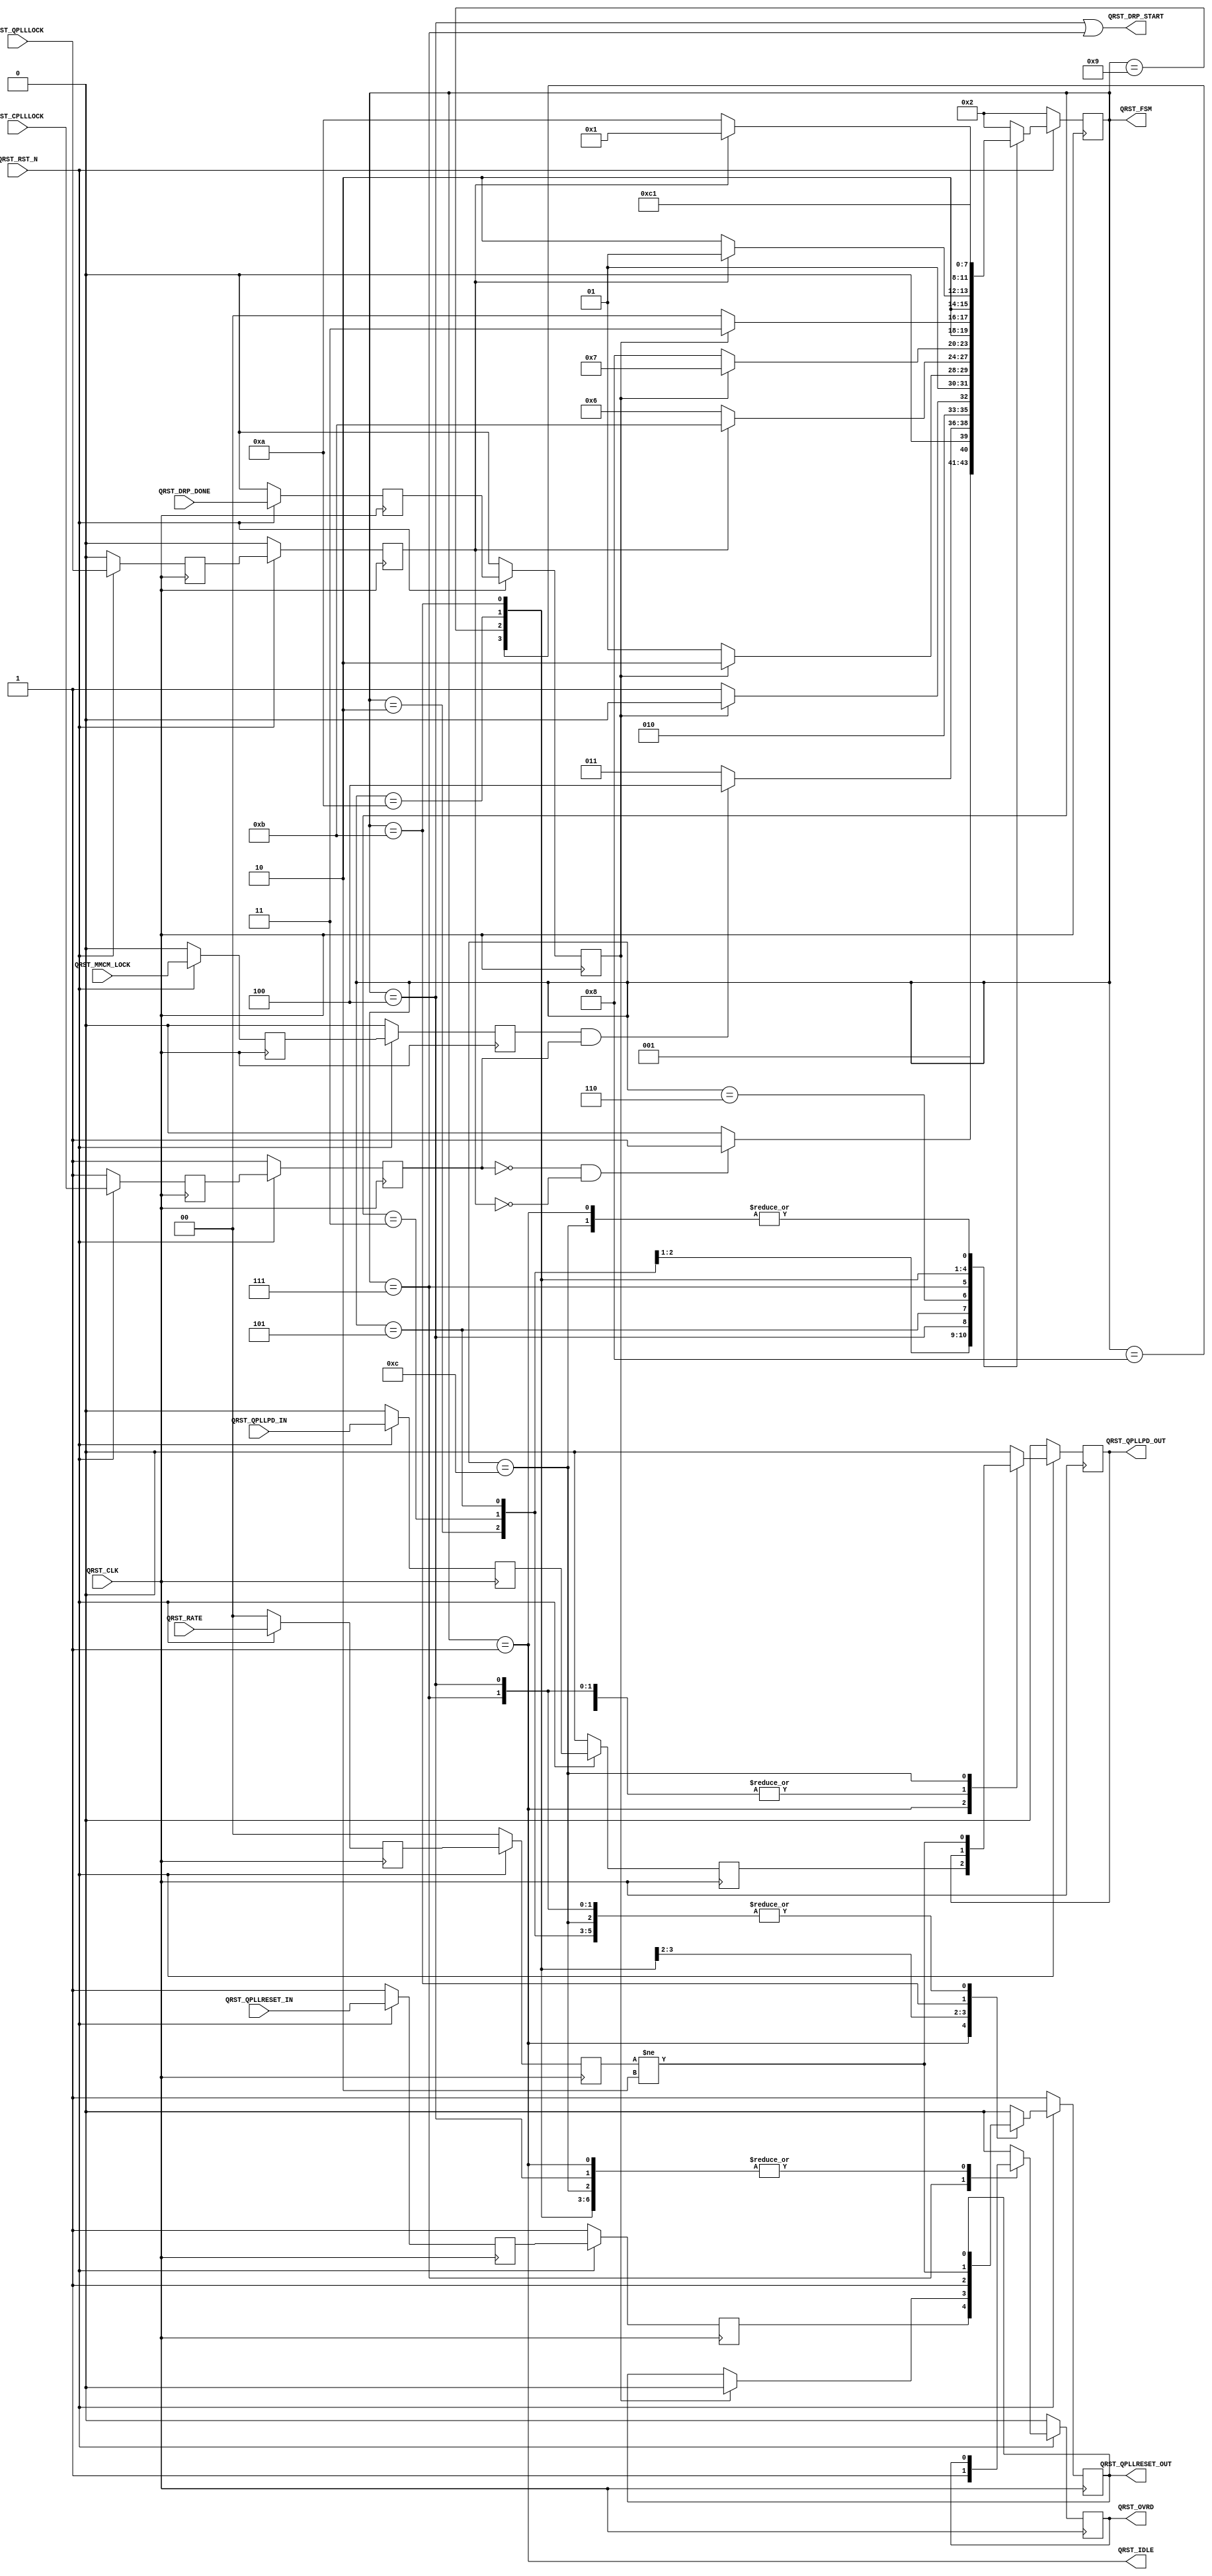
module PCIEBus_qpll_reset #
(
    parameter PCIE_PLL_SEL       = "CPLL",                  // PCIe PLL select for Gen1/Gen2 only
    parameter PCIE_POWER_SAVING  = "TRUE",                  // PCIe power saving
    parameter PCIE_LANE          = 1,                       // PCIe number of lanes
    parameter BYPASS_COARSE_OVRD = 1                        // Bypass coarse frequency override
)
(
    input                           QRST_CLK,
    input                           QRST_RST_N,
    input                           QRST_MMCM_LOCK,
    input       [PCIE_LANE-1:0]     QRST_CPLLLOCK,
    input       [(PCIE_LANE-1)>>2:0]QRST_DRP_DONE,
    input       [(PCIE_LANE-1)>>2:0]QRST_QPLLLOCK,
    input       [ 1:0]              QRST_RATE,
    input       [PCIE_LANE-1:0]     QRST_QPLLRESET_IN,
    input       [PCIE_LANE-1:0]     QRST_QPLLPD_IN,
    output                          QRST_OVRD,
    output                          QRST_DRP_START,
    output                          QRST_QPLLRESET_OUT,
    output                          QRST_QPLLPD_OUT,
    output                          QRST_IDLE,
    output      [ 3:0]              QRST_FSM
);
(* ASYNC_REG = "TRUE", SHIFT_EXTRACT = "NO" *)    reg                             mmcm_lock_reg1;
(* ASYNC_REG = "TRUE", SHIFT_EXTRACT = "NO" *)    reg         [PCIE_LANE-1:0]     cplllock_reg1;
(* ASYNC_REG = "TRUE", SHIFT_EXTRACT = "NO" *)    reg         [(PCIE_LANE-1)>>2:0]drp_done_reg1;
(* ASYNC_REG = "TRUE", SHIFT_EXTRACT = "NO" *)    reg         [(PCIE_LANE-1)>>2:0]qplllock_reg1;
(* ASYNC_REG = "TRUE", SHIFT_EXTRACT = "NO" *)    reg         [ 1:0]              rate_reg1;
(* ASYNC_REG = "TRUE", SHIFT_EXTRACT = "NO" *)    reg         [PCIE_LANE-1:0]     qpllreset_in_reg1;
(* ASYNC_REG = "TRUE", SHIFT_EXTRACT = "NO" *)    reg         [PCIE_LANE-1:0]     qpllpd_in_reg1;
(* ASYNC_REG = "TRUE", SHIFT_EXTRACT = "NO" *)    reg                             mmcm_lock_reg2;
(* ASYNC_REG = "TRUE", SHIFT_EXTRACT = "NO" *)    reg         [PCIE_LANE-1:0]     cplllock_reg2;
(* ASYNC_REG = "TRUE", SHIFT_EXTRACT = "NO" *)    reg         [(PCIE_LANE-1)>>2:0]drp_done_reg2;
(* ASYNC_REG = "TRUE", SHIFT_EXTRACT = "NO" *)    reg         [(PCIE_LANE-1)>>2:0]qplllock_reg2;
(* ASYNC_REG = "TRUE", SHIFT_EXTRACT = "NO" *)    reg         [ 1:0]              rate_reg2;
(* ASYNC_REG = "TRUE", SHIFT_EXTRACT = "NO" *)    reg         [PCIE_LANE-1:0]     qpllreset_in_reg2;
(* ASYNC_REG = "TRUE", SHIFT_EXTRACT = "NO" *)    reg         [PCIE_LANE-1:0]     qpllpd_in_reg2;
    reg                             ovrd              =  1'd0;
    reg                             qpllreset         =  1'd1;
    reg                             qpllpd            =  1'd0;
    reg         [ 3:0]              fsm               =  2;
    localparam                      FSM_IDLE          = 1;
    localparam                      FSM_WAIT_LOCK     = 2;
    localparam                      FSM_MMCM_LOCK     = 3;
    localparam                      FSM_DRP_START_NOM = 4;
    localparam                      FSM_DRP_DONE_NOM  = 5;
    localparam                      FSM_QPLLLOCK      = 6;
    localparam                      FSM_DRP_START_OPT = 7;
    localparam                      FSM_DRP_DONE_OPT  = 8;
    localparam                      FSM_QPLL_RESET    = 9;
    localparam                      FSM_QPLLLOCK2     = 10;
    localparam                      FSM_QPLL_PDRESET  = 11;
    localparam                      FSM_QPLL_PD       = 12;
always @ (posedge QRST_CLK)
begin
    if (!QRST_RST_N)
        begin
        mmcm_lock_reg1    <=  1'd0;
        cplllock_reg1     <= {PCIE_LANE{1'd1}};
        drp_done_reg1     <= {(((PCIE_LANE-1)>>2)+1){1'd0}};
        qplllock_reg1     <= {(((PCIE_LANE-1)>>2)+1){1'd0}};
        rate_reg1         <=  2'd0;
        qpllreset_in_reg1 <= {PCIE_LANE{1'd1}};
        qpllpd_in_reg1    <= {PCIE_LANE{1'd0}};
        mmcm_lock_reg2    <=  1'd0;
        cplllock_reg2     <= {PCIE_LANE{1'd1}};
        drp_done_reg2     <= {(((PCIE_LANE-1)>>2)+1){1'd0}};
        qplllock_reg2     <= {(((PCIE_LANE-1)>>2)+1){1'd0}};
        rate_reg2         <=  2'd0;
        qpllreset_in_reg2 <= {PCIE_LANE{1'd1}};
        qpllpd_in_reg2    <= {PCIE_LANE{1'd0}};
        end
    else
        begin
        mmcm_lock_reg1    <= QRST_MMCM_LOCK;
        cplllock_reg1     <= QRST_CPLLLOCK;
        drp_done_reg1     <= QRST_DRP_DONE;
        qplllock_reg1     <= QRST_QPLLLOCK;
        rate_reg1         <= QRST_RATE;
        qpllreset_in_reg1 <= QRST_QPLLRESET_IN;
        qpllpd_in_reg1    <= QRST_QPLLPD_IN;
        mmcm_lock_reg2    <= mmcm_lock_reg1;
        cplllock_reg2     <= cplllock_reg1;
        drp_done_reg2     <= drp_done_reg1;
        qplllock_reg2     <= qplllock_reg1;
        rate_reg2         <= rate_reg1;
        qpllreset_in_reg2 <= qpllreset_in_reg1;
        qpllpd_in_reg2    <= qpllpd_in_reg1;
        end
end
always @ (posedge QRST_CLK)
begin
    if (!QRST_RST_N)
        begin
        fsm       <= FSM_WAIT_LOCK;
        ovrd      <= 1'd0;
        qpllreset <= 1'd1;
        qpllpd    <= 1'd0;
        end
    else
        begin
        case (fsm)
        FSM_IDLE :
            begin
            if (!QRST_RST_N)
                begin
                fsm       <= FSM_WAIT_LOCK;
                ovrd      <= 1'd0;
                qpllreset <= 1'd1;
                qpllpd    <= 1'd0;
                end
            else
                begin
                fsm       <= FSM_IDLE;
                ovrd      <= ovrd;
                qpllreset <= &qpllreset_in_reg2;
                qpllpd    <= &qpllpd_in_reg2;
                end
            end
        FSM_WAIT_LOCK :
            begin
            fsm       <= ((&(~cplllock_reg2)) && (&(~qplllock_reg2)) ? FSM_MMCM_LOCK : FSM_WAIT_LOCK);
            ovrd      <= ovrd;
            qpllreset <= qpllreset;
            qpllpd    <= qpllpd;
            end
        FSM_MMCM_LOCK :
            begin
            fsm       <= ((mmcm_lock_reg2 && (&cplllock_reg2)) ? FSM_DRP_START_NOM : FSM_MMCM_LOCK);
            ovrd      <= ovrd;
            qpllreset <= qpllreset;
            qpllpd    <= qpllpd;
            end
        FSM_DRP_START_NOM:
            begin
            fsm       <= (&(~drp_done_reg2) ? FSM_DRP_DONE_NOM : FSM_DRP_START_NOM);
            ovrd      <= ovrd;
            qpllreset <= qpllreset;
            qpllpd    <= qpllpd;
            end
        FSM_DRP_DONE_NOM :
            begin
            fsm       <= (&drp_done_reg2 ? FSM_QPLLLOCK : FSM_DRP_DONE_NOM);
            ovrd      <= ovrd;
            qpllreset <= qpllreset;
            qpllpd    <= qpllpd;
            end
        FSM_QPLLLOCK :
            begin
            fsm       <= (&qplllock_reg2 ? ((BYPASS_COARSE_OVRD == 1) ? FSM_QPLL_PDRESET : FSM_DRP_START_OPT) : FSM_QPLLLOCK);
            ovrd      <= ovrd;
            qpllreset <= 1'd0;
            qpllpd    <= qpllpd;
            end
        FSM_DRP_START_OPT:
            begin
            fsm       <= (&(~drp_done_reg2) ? FSM_DRP_DONE_OPT : FSM_DRP_START_OPT);
            ovrd      <= 1'd1;
            qpllreset <= qpllreset;
            qpllpd    <= qpllpd;
            end
        FSM_DRP_DONE_OPT :
            begin
            if (&drp_done_reg2)
                begin
                fsm       <= ((PCIE_PLL_SEL == "QPLL") ? FSM_QPLL_RESET : FSM_QPLL_PDRESET);
                ovrd      <= ovrd;
                qpllreset <= (PCIE_PLL_SEL == "QPLL");
                qpllpd    <= qpllpd;
                end
            else
                begin
                fsm       <= FSM_DRP_DONE_OPT;
                ovrd      <= ovrd;
                qpllreset <= qpllreset;
                qpllpd    <= qpllpd;
                end
            end
        FSM_QPLL_RESET :
            begin
            fsm       <= (&(~qplllock_reg2) ? FSM_QPLLLOCK2 : FSM_QPLL_RESET);
            ovrd      <= ovrd;
            qpllreset <= 1'd1;
            qpllpd    <= 1'd0;
            end
        FSM_QPLLLOCK2 :
            begin
            fsm       <= (&qplllock_reg2 ? FSM_IDLE : FSM_QPLLLOCK2);
            ovrd      <= ovrd;
            qpllreset <= 1'd0;
            qpllpd    <= 1'd0;
            end
        FSM_QPLL_PDRESET :
            begin
            fsm       <= FSM_QPLL_PD;
            ovrd      <= ovrd;
            qpllreset <= (PCIE_PLL_SEL == "CPLL") ? (rate_reg2 != 2'd2) : 1'd0;
            qpllpd    <= qpllpd;
            end
        FSM_QPLL_PD :
            begin
            fsm       <= FSM_IDLE;
            ovrd      <= ovrd;
            qpllreset <= qpllreset;
            qpllpd    <= (PCIE_PLL_SEL == "CPLL") ? (rate_reg2 != 2'd2) : 1'd0;
            end
        default :
            begin
            fsm       <= FSM_WAIT_LOCK;
            ovrd      <= 1'd0;
            qpllreset <= 1'd0;
            qpllpd    <= 1'd0;
            end
        endcase
        end
end
assign QRST_OVRD          = ovrd;
assign QRST_DRP_START     = (fsm == FSM_DRP_START_NOM) || (fsm == FSM_DRP_START_OPT);
assign QRST_QPLLRESET_OUT = qpllreset;
assign QRST_QPLLPD_OUT    = ((PCIE_POWER_SAVING == "FALSE") ? 1'd0 : qpllpd);
assign QRST_IDLE          = (fsm == FSM_IDLE);
assign QRST_FSM           = fsm;
endmodule